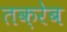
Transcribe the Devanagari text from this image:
तक़रेब